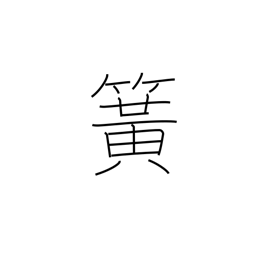
Meaning: flute reed